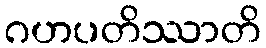
ဂဟပတိဿာတိ